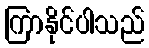
ကြာနိုင်ပါသည်